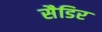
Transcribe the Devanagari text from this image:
सैडिर